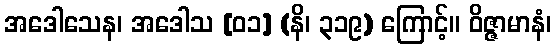
အဒေါသေန၊ အဒေါသ [၀၁] (နိ၊ ၃၁၉) ကြောင့်။ ဝိဇ္ဇာမာနံ၊